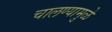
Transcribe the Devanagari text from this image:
चालण्यामुळे